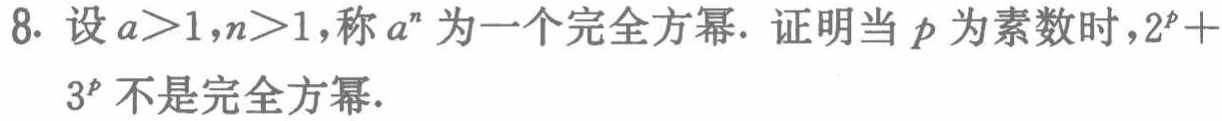
8. 设\(a > 1,n > 1\)，称\(a^{n}\)为一个完全方幂. 证明当\(p\)为素数时，\(2^{p}+3^{p}\)不是完全方幂.